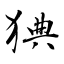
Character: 猠